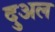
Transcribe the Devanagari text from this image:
दुअल